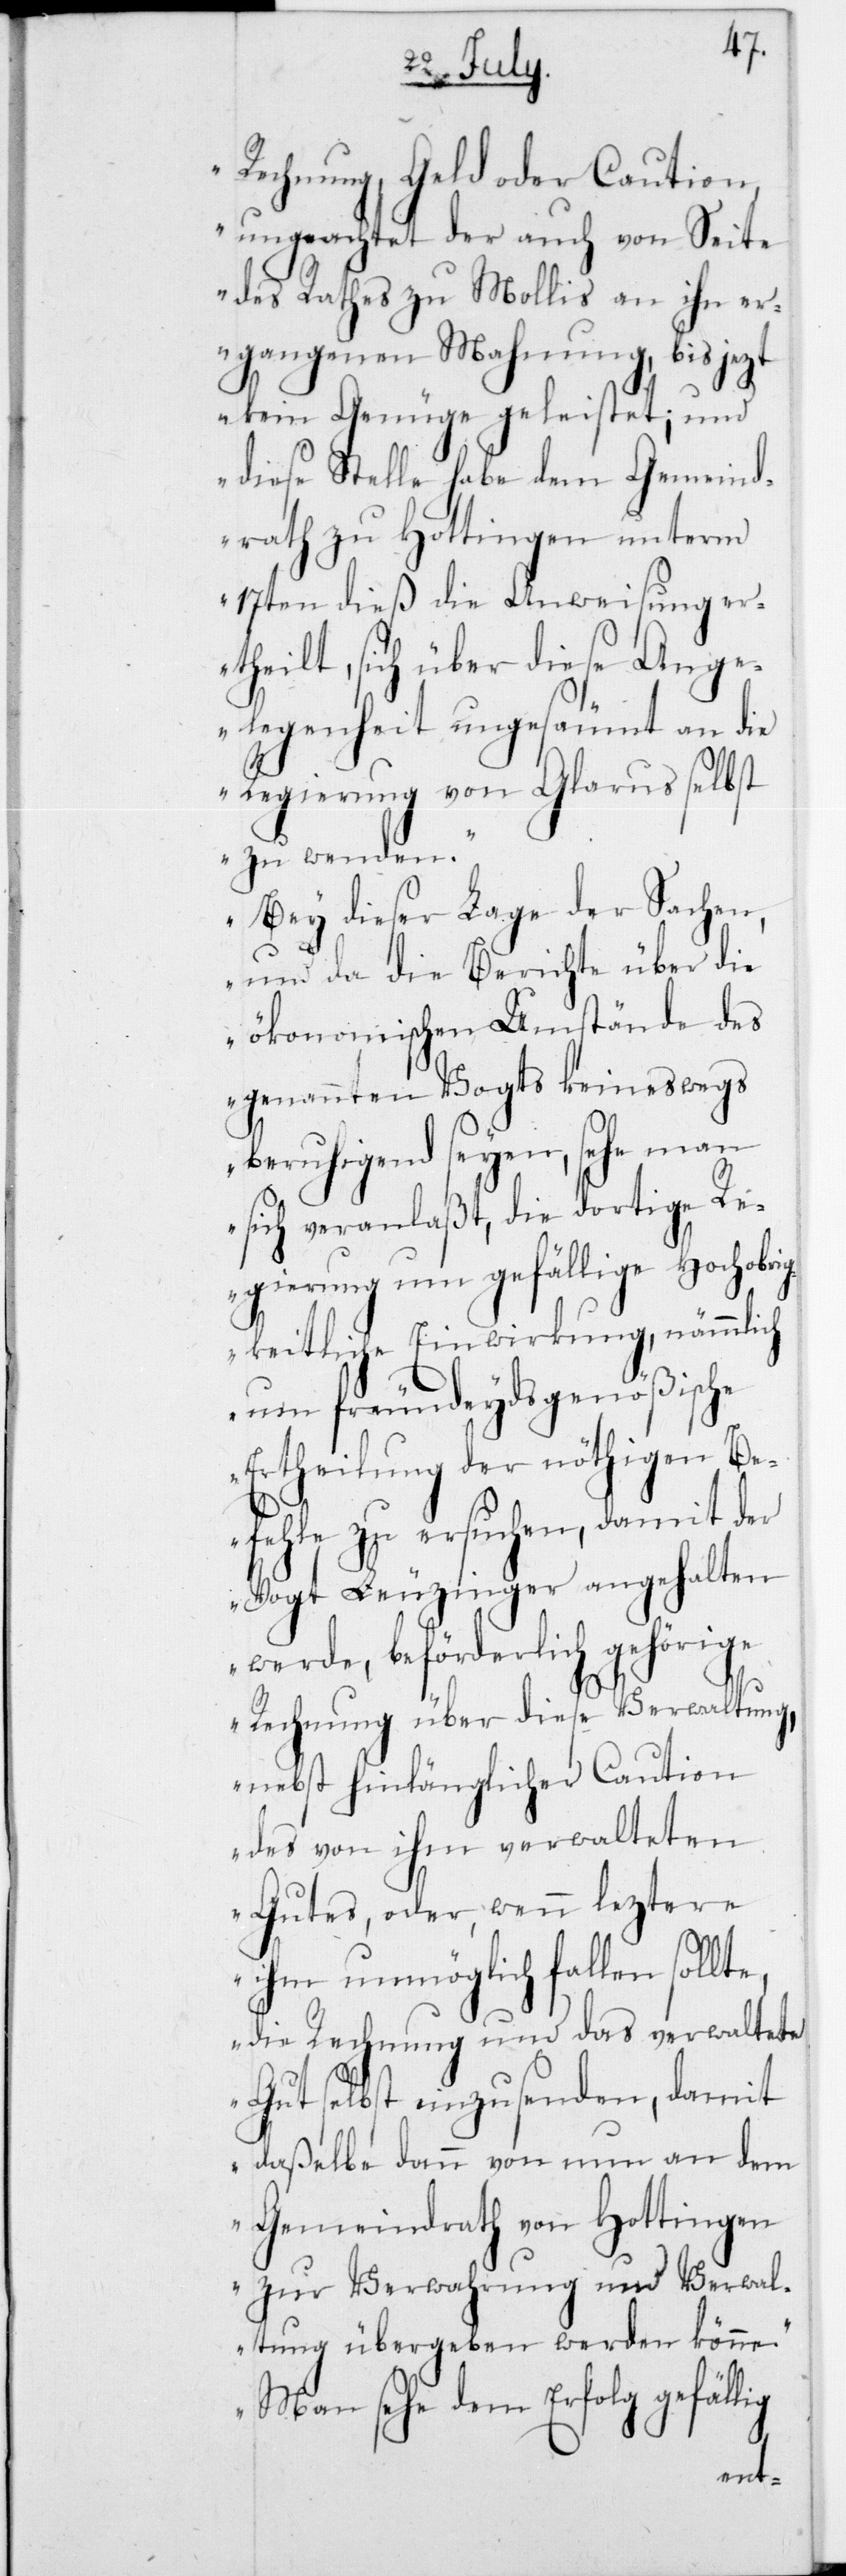
Rechnung, Geld oder Caution,
ungeachtet der auch von Seite
des Rathes zu Mollis an ihn er¬
gangenen Mahnung, bis jezt
kein Genüge geleistet; und
diese Stelle habe dem Gemeind¬
rath zu Hottingen unterm
17ten dieß die Anweisung er¬
theilt, sich über diese Ang¬
elegenheit ungesäumt an die
Regierung von Glarus selbst
zu wenden.
Bey dieser Lage der Sachen,
und da die Berichte über die
ökonomischen Umstände des
genannten Vogts keineswegs
beruhigend seyen, sehe man
sich veranlaßt, die dortige Re¬
gierung um gefällige Hochobri¬
gkeitliche Einwirkung, nämmlich
um freundeydsgenößische
Ertheilung der nöthigen Be¬
fehle zu ersuchen, damit der
Vogt Leuzinger angehalten
werde, beförderlich gehörige
Rechnung über diese Verwaltung,
ion
nebst hinlänglicher Caut¬
des von ihm verwalteten
Gutes, oder wenn leztere
ihm unmöglich fallen sollte,
die Rechnung und das verwaltete
Gut selbst einzusenden, damit
daßelbe dann von nun an dem
Gemeindrath von Hottingen
zur Verwahrung und Verwal¬
tung übergeben werden könne.
Man sehe dem Erfolg gefällig